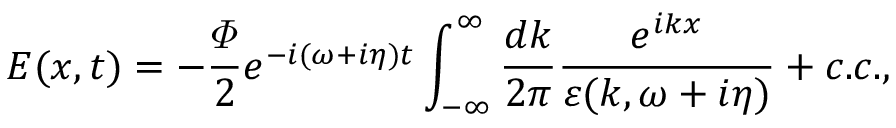
E ( x , t ) = - \frac { \varPhi } { 2 } e ^ { - i ( \omega + i \eta ) t } \int _ { - \infty } ^ { \infty } \frac { d k } { 2 \pi } \frac { e ^ { i k x } } { \varepsilon ( k , \omega + i \eta ) } + c . c . ,